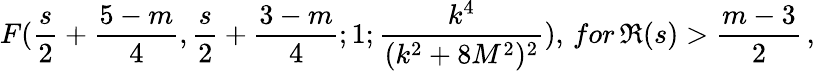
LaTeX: F(\frac{s}{2}+\frac{5-m}{4},\frac{s}{2}+\frac{3-m}{4};1;\frac{k^{4}}{(k^{2}+8M^{2})^{2}}),\, for\, \Re(s)>\frac{m-3}{2}\, ,